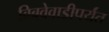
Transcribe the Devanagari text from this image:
बिबवेवाडीपर्यंत